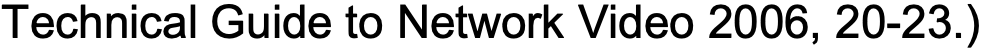
Technical Guide to Network Video 2006, 20-23.)